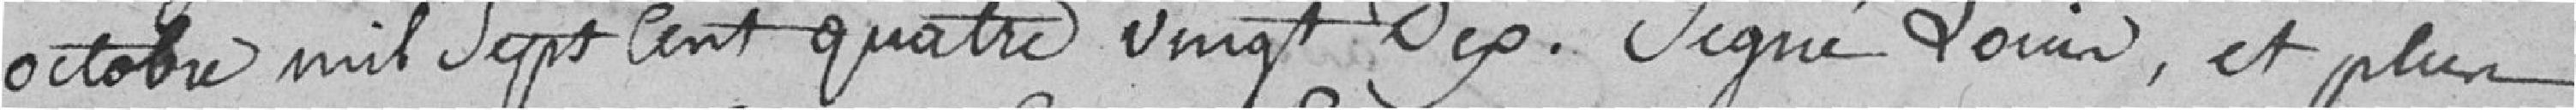
octobre mil sept cent quatre vingt dix. Signé Louis, et plus